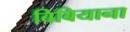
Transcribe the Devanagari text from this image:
बिबियाना